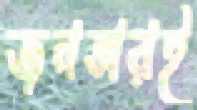
জনতারই